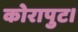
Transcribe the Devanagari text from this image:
कोरापुट।